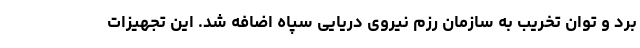
برد و توان تخریب به سازمان رزم نیروی دریایی سپاه اضافه شد. این تجهیزات